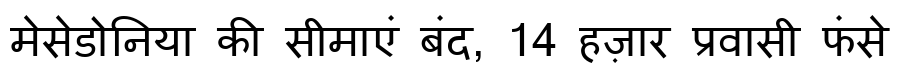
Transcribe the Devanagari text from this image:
मेसेडोनिया की सीमाएं बंद, 14 हज़ार प्रवासी फंसे